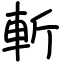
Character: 斬